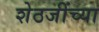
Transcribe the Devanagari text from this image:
शेठजींच्या